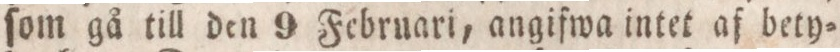
ſom gå till den 9 Februari, angifwa intet af bety=